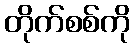
တိုက်စစ်ကို